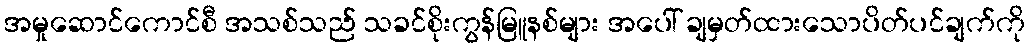
အမှုဆောင်ကောင်စီ အသစ်သည် သခင်စိုးကွန်မြူနစ်များ အပေါ် ချမှတ်ထားသောပိတ်ပင်ချက်ကို